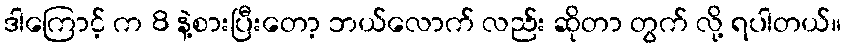
ဒါကြောင့် က 8 နဲ့စားပြီးတော့ ဘယ်လောက် လည်း ဆိုတာ တွက် လို့ ရပါတယ်။